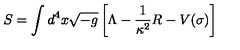
S = \int d ^ { 4 } x \sqrt { - g } \left[ \Lambda - { \frac { 1 } { \kappa ^ { 2 } } } R - V ( \sigma ) \right]